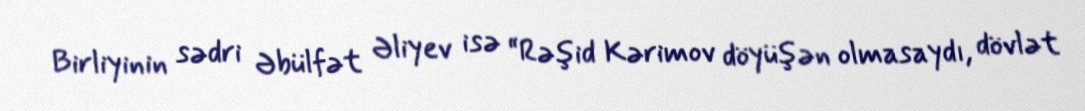
Birliyinin sədri Əbülfət Əliyev isə “Rəşid Kərimov döyüşən olmasaydı, dövlət